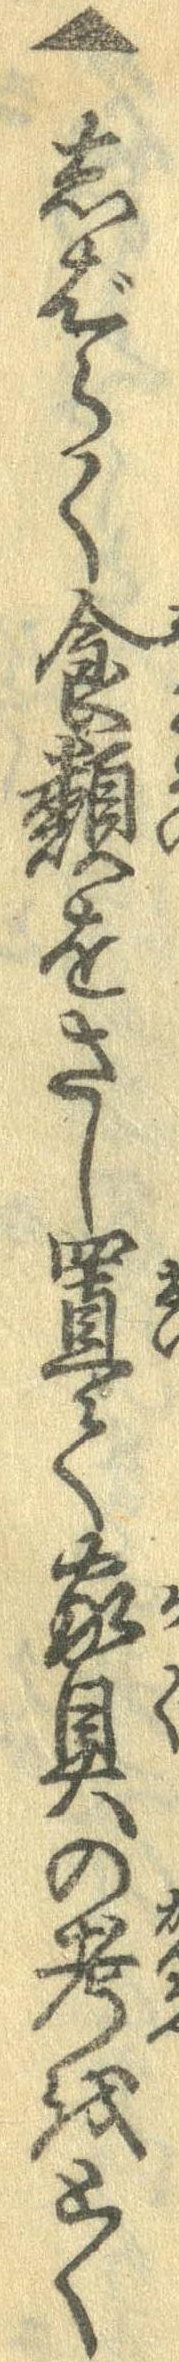
▲しばらく食類をさし置て家具の考をとく